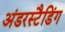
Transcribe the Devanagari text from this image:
अंडरस्टैडिंग